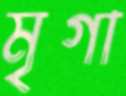
মৃগা